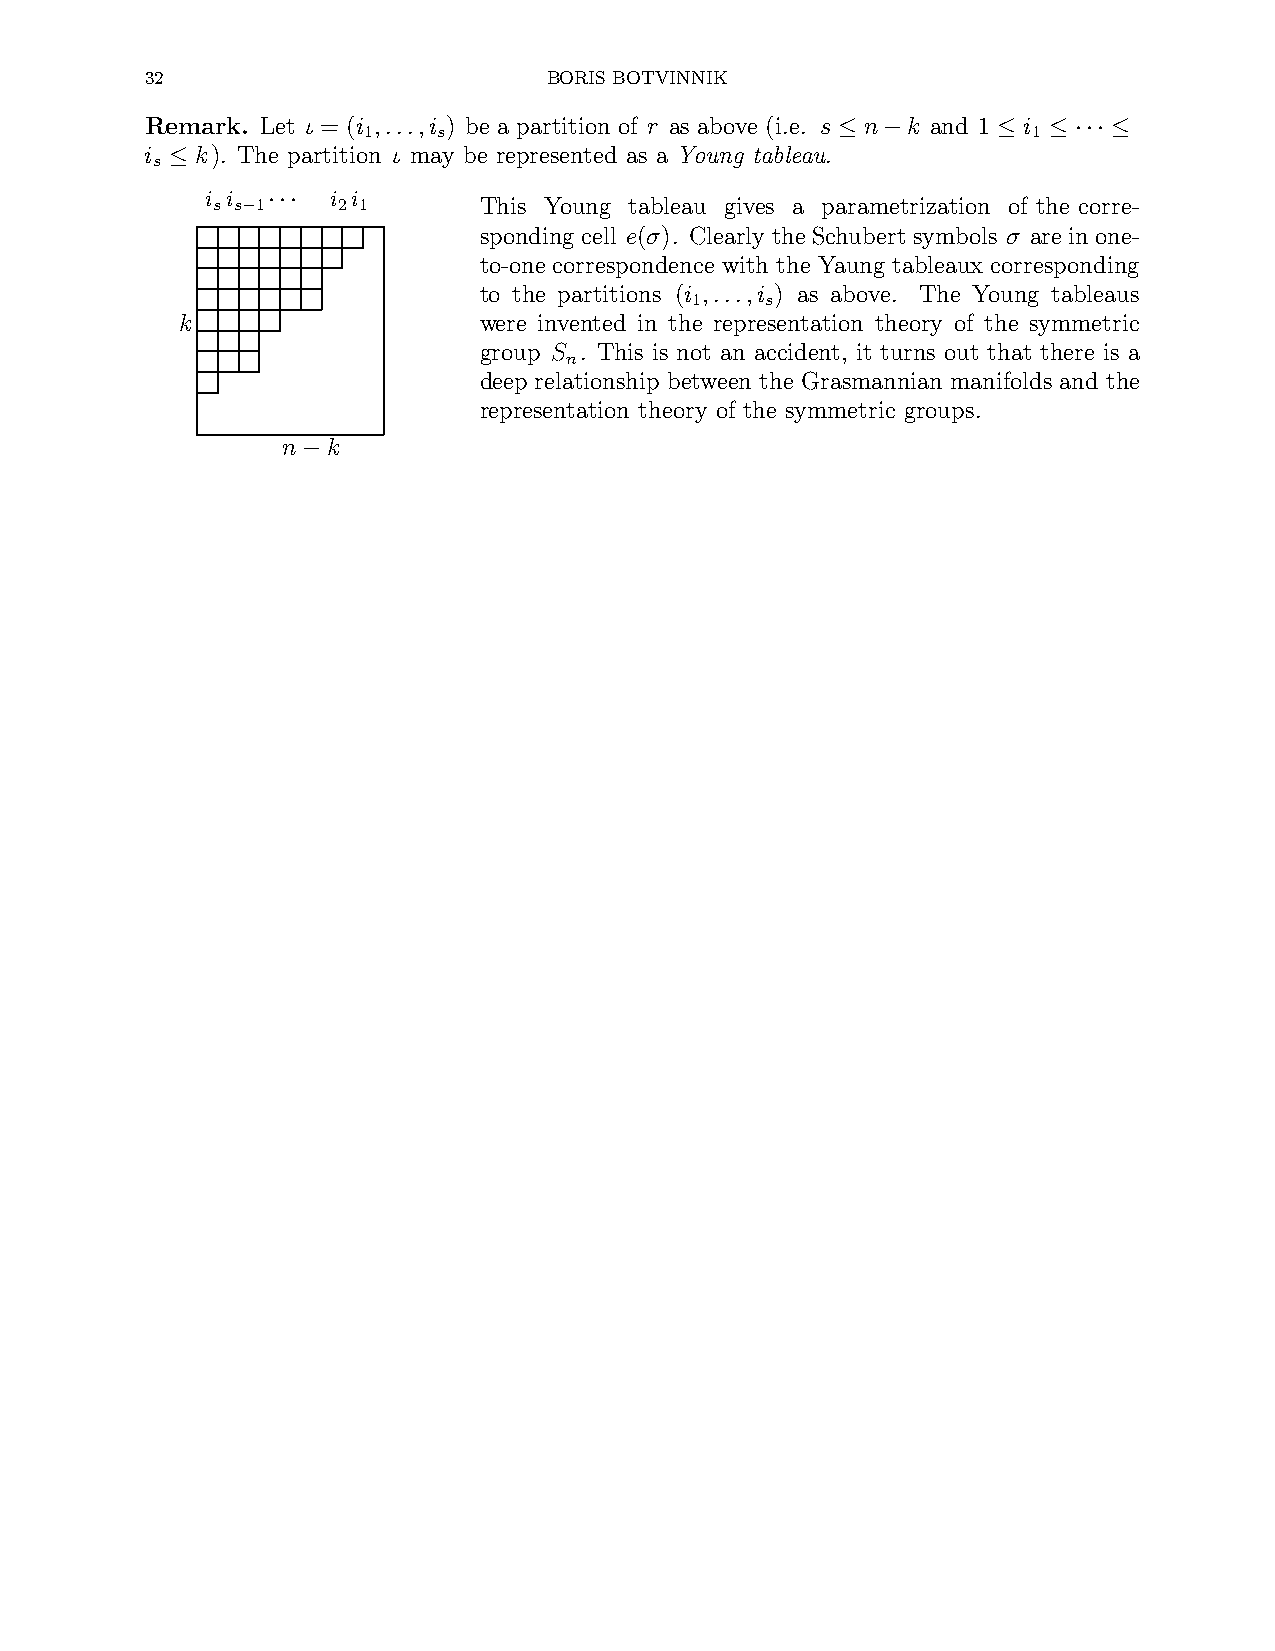
32                        BORIS BOTVINNIK
 Remark. Let ι = (i ,...,i ) be a partition of r as above (i.e. s n k and 1 i
 1    s                                      1
 ≤  −       ≤  ≤ ··· ≤
 i  k). The partition ι may be represented as a Young tableau.
 s
 ≤
 i i     i i
 s s 1   2 1       This Young tableau gives a parametrization of the corre-
 − ···
 sponding cell e(σ). Clearly the Schubert symbols σ arein one-
 to-one correspondence with the Yaung tableaux corresponding
 to the partitions (i ,...,i ) as above. The Young tableaus
 1    s
 k                   were invented in the representation theory of the symmetric
 group S . This is not an accident, it turns out that there is a
 n
 deep relationship between the Grasmannian manifolds and the
 representation theory of the symmetric groups.
 n  k
 −